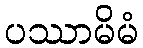
ပဿာမိမံ